Leaving Certificate Examination (including Day School Certificate (Higher) General paper), 1933
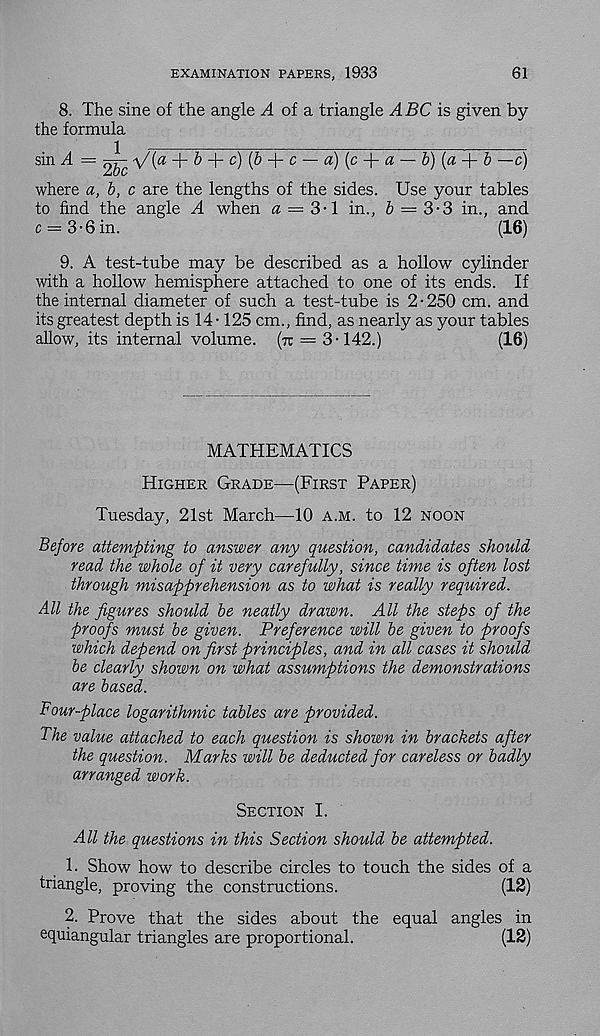
EXAMINATION PAPERS, 1933
61
8. The sine of the angle A of a. triangle ABC is given by
the formula
sin A = ^ \/(a-f- b A- c) (b
c — a) (c -f- a — b) (a-f- b —c)
where a, b, c are the lengths of the sides. Use your tables
to find the angle A when a = 3-\ in., 6 = 3-3 in., and
c = 3-6 in.
(16)
9. A test-tube may be described as a hollow cylinder
with a hollow hemisphere attached to one of its ends. If
the internal diameter of such a test-tube is 2-250 cm. and
its greatest depth is 14-125 cm., find, as nearly as your tables
allow, its internal volume, (tt = 3-142.)
(16)
MATHEMATICS
Higher Grade—(First Paper)
Tuesday, 21st March—10 a.m. to 12 noon
Before attempting to answer any question, candidates should
read the whole of it very carefully, since time is often lost
through misapprehension as to what is really required.
All the figures should be neatly drawn. All the steps of the
proofs must be given. Preference will be given to proofs
which depend on first principles, and in all cases it should
be clearly shown on what assumptions the demonstrations
are based.
Four-place logarithmic tables are provided.
The value attached to each question is shown in brackets after
the question. Marks will be deducted for careless or badly
arranged work.
Section I.
All the questions in this Section should be attempted.
1. Show how to describe circles to touch the sides of a
triangle, proving the constructions.
(12)
2. Prove that the sides about the equal angles in
equiangular triangles are proportional.
(12)